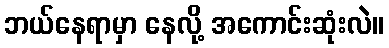
ဘယ်နေရာမှာ နေလို့ အကောင်းဆုံးလဲ။